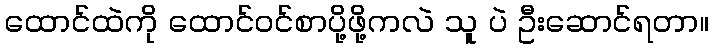
ထောင်ထဲကို ထောင်ဝင်စာပို့ဖို့ကလဲ သူ ပဲ ဦးဆောင်ရတာ။